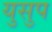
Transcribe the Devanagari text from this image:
युसुप